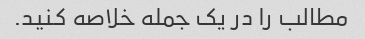
مطالب را در یک جمله خلاصه کنید.